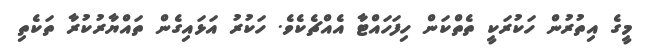
މީގެ އިތުރުން ހަކުރަކީ ތެތްކަން ހިފަހައްޓާ އެއްޗެކެވެ. ހަކުރު އަޅައިގެން ތައްޔާރުކުރާ ތަކެތި